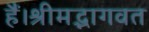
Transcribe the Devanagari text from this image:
हैं।श्रीमद्भागवत